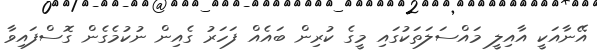
އޭނާއަކީ އާއިލީ މައްސަލަތަކުގައި މީގެ ކުރިން ބައެއް ފަހަރު ގެއިން ނުކުމެގެން ގޮސްފައިވާ